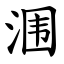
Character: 涠